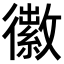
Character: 𪫜